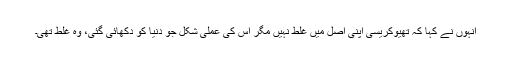
انہوں نے کہا کہ تھیوکریسی اپنی اصل میں غلط نہیں مگر اس کی عملی شکل جو دنیا کو دکھائی گئی، وہ غلط تھی۔